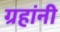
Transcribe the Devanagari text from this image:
ग्रहांनी